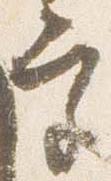
宮